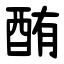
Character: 酭